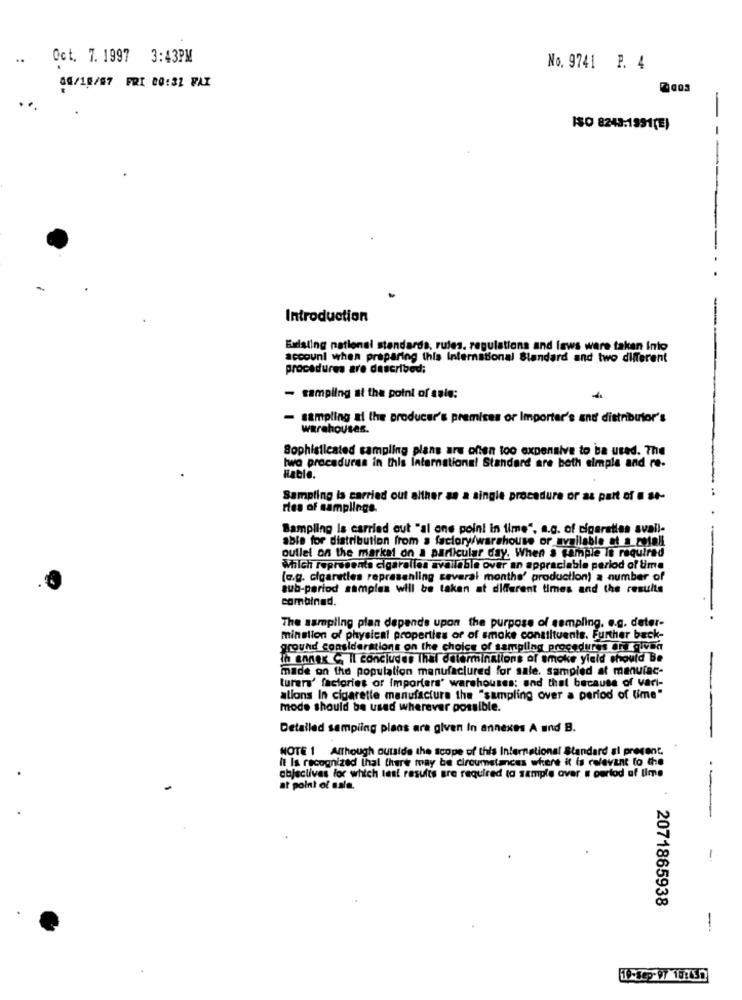
..
Oct. 7. 1997 3:43PM
No. 9741 P. 4
00/10/97 FRI 80:32 FAX
7 003
..
-
ISO 8243:1991(E)
--
--
Introduction
Existing national standards, rules, regulations and laws were taken Into
account when preparing this International Standard and two different
procedures are described;
- sampling at the point of sale:
- sampling at the producer's premises or Importer's and distributor's
warehouses.
Sophisticated sampling plans are often too expensive to ba used. The
two procedures in this International Standard are both simple and re-
Sampling is carried out alther as a single procedure or as part of # 80-
ries of samplinge
Sampling Is carried out "al one point in time", a.g. of cigaraties avail-
able for distribution from a factory/warehouse or available at_a_zotell
outlet on the market on a particular day. When a sample is required
Which represents cigaralles available over an appraciable period of time
(e.g. cigaretles represehling several months' production) a number of
sub-period samples will be taken at different times and the results
combined.
The sampling plan depends upon the purpose of sampling. e.g. deter-
mination of physical properties of of smoke constituents. Further back-
ground considerations on the choice of sampling procedures are given
In annex C, Il concludes thal determinations of smoke yield should Be
made on the population manufactured for sale. sampled at manufac-
turers' factories or importers' warehouses; and that because of vari-
ations In cigarette manufactura the "sampling over a period of time"
mode should be used wherever possible.
Detailed sampling plans are given in annexes A und B.
MOTE 1 Although outside the scope of this International Standard si present.
It Is recognized thal there may be circumstances where it is relevant to the
objectives loc which test results are required ta sample aver a period of time
at point of sale.
2071865938
-